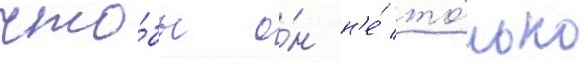
что́бы о́н н'е́ то́лько